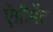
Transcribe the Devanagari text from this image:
ऐग्रीमेंट